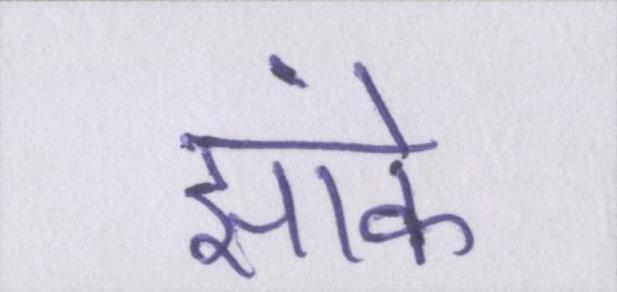
झांके